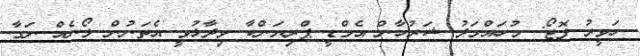
ހަވީރު ފޮޓޯ: މުހައްމަދު ޝަރުހާން އެމްޑީ ޕްރިޔަންކާ ވިދާޅުވީ އެތަނުން ލޯނެއް ނަގާ